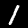
Label: 1